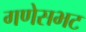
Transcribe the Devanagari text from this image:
गणेसभट